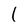
Character: l